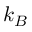
k _ { B }